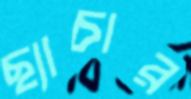
ছ্যাচার